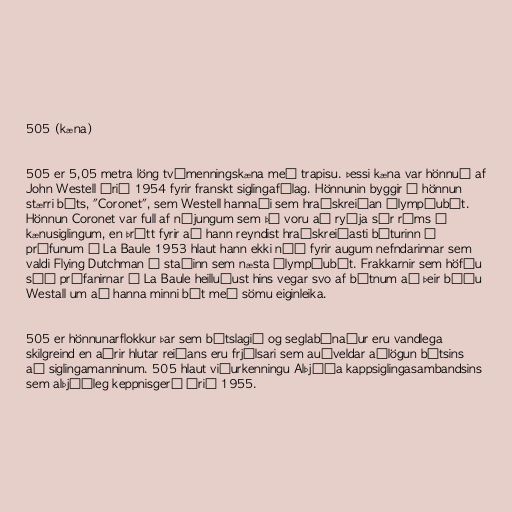
505 (kæna)

505 er 5,05 metra löng tvímenningskæna með trapisu. Þessi kæna var hönnuð af
John Westell árið 1954 fyrir franskt siglingafélag. Hönnunin byggir á hönnun
stærri báts, "Coronet", sem Westell hannaði sem hraðskreiðan ólympíubát.
Hönnun Coronet var full af nýjungum sem þá voru að ryðja sér rúms í
kænusiglingum, en þrátt fyrir að hann reyndist hraðskreiðasti báturinn í
prófunum í La Baule 1953 hlaut hann ekki náð fyrir augum nefndarinnar sem
valdi Flying Dutchman í staðinn sem næsta ólympíubát. Frakkarnir sem höfðu
séð prófanirnar í La Baule heilluðust hins vegar svo af bátnum að þeir báðu
Westall um að hanna minni bát með sömu eiginleika.

505 er hönnunarflokkur þar sem bátslagið og seglabúnaður eru vandlega
skilgreind en aðrir hlutar reiðans eru frjálsari sem auðveldar aðlögun bátsins
að siglingamanninum. 505 hlaut viðurkenningu Alþjóða kappsiglingasambandsins
sem alþjóðleg keppnisgerð árið 1955.